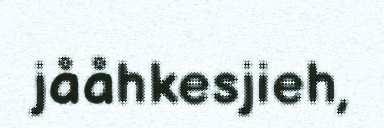
jååhkesjieh,